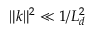
\| \boldsymbol { k } \| ^ { 2 } \ll 1 / L _ { d } ^ { 2 }